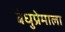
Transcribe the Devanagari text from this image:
बंधुप्रेमाला